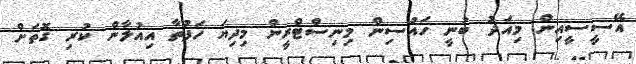
އޭސީސީއިން މިއަދު ބުނީ ހައުސިން މިނިސްޓްރީން މިދިޔަ ހަފުތާ އިއުލާން ކުރި ގޮތަށް